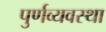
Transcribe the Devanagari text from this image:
पुर्णव्यवस्था